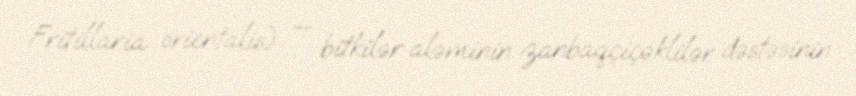
Fritillaria orientalis) — bitkilər aləminin zanbaqçiçəklilər dəstəsinin